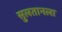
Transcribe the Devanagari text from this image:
सुलतानला